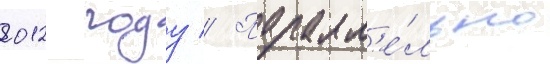
2012 году // Паралл'е́льно